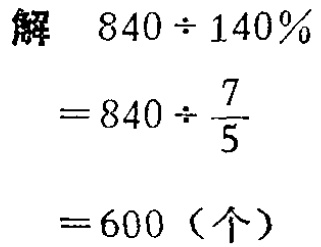
\[

\begin{align*}

&解\quad840\div140\%\\

&=840\div\frac{7}{5}\\

&=600（个）

\end{align*}

\]